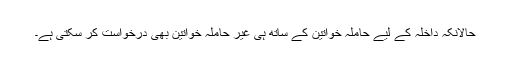
حالانکہ داخلہ کے لیے حاملہ خواتین کے ساتھ ہی غیر حاملہ خواتین بھی درخواست کر سکتی ہے۔